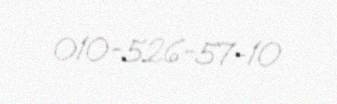
010-526-57-10